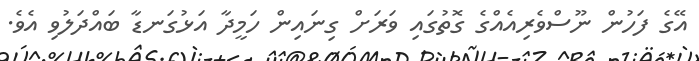
އޭގެ ފަހުން ނޫސްވެރިއެއްގެ ގޮތުގައި ވަރަށް ގިނައިން ހަމީދާ އަޅުގަނޑާ ބައްދަލުވި އެވެ.